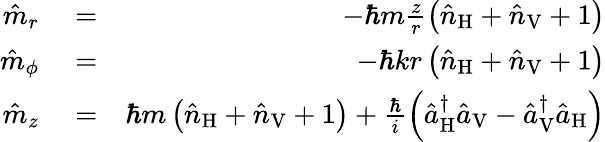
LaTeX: \begin{array}{rlr}{\hat{m}_{r}}&{{}=}&{-\hbar m\frac{z}{r}\left(\hat{n}_{\mathrm{H}}+\hat{n}_{\mathrm{V}}+1\right)}\\ {\hat{m}_{\phi}}&{{}=}&{-\hbar kr\left(\hat{n}_{\mathrm{H}}+\hat{n}_{\mathrm{V}}+1\right)}\\ {\hat{m}_{z}}&{{}=}&{\hbar m\left(\hat{n}_{\mathrm{H}}+\hat{n}_{\mathrm{V}}+1\right)+\frac{\hbar}{i}\left(\hat{a}_{\mathrm{H}}^{\dagger}\hat{a}_{\mathrm{V}}-\hat{a}_{\mathrm{V}}^{\dagger}\hat{a}_{\mathrm{H}}\right)}\end{array}